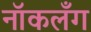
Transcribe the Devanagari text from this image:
नॉकलँग